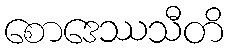
စောဒေဿသီတိ